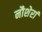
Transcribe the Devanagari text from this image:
नौशेरां